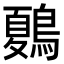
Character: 𪄂